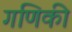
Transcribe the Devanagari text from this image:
गणिकी